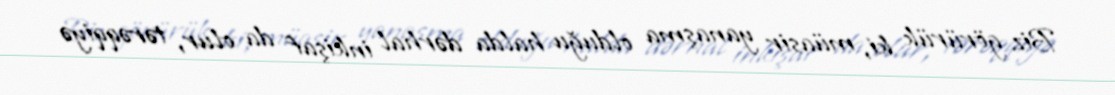
Biz görürük ki, müasir yanaşma olduğu halda dərhal inkişaf da olur, tərəqqiyə